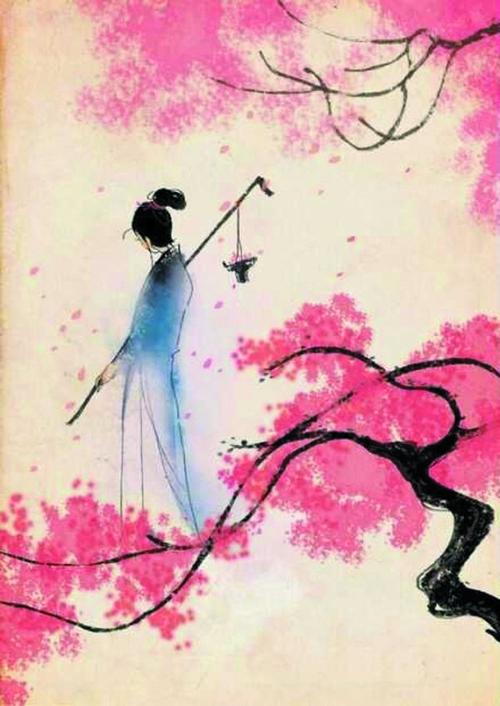
梧桐更兼细雨，到黄昏点点滴滴。